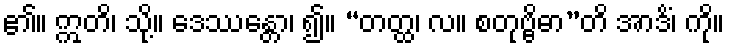
၏။ ဣတိ၊ သို့။ ဒေဿန္တော၊ ၍။ “တတ္ထ၊ လ။ စတုဗ္ဗိဓာ”တိ အာဒိံ၊ ကို။